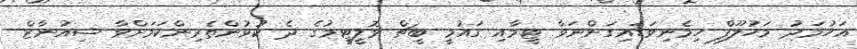
އަހުމަދު މަހުލޫފް ހިމެނިވަޑައިގަންނަވާ ޓީމާއި ގައުމީ ބީޗް ވޮލީޓީމުގެ ދެ ކުޅުންތެރިންކަމަށްވާ ޝިއުނާޒް